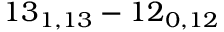
1 3 _ { 1 , 1 3 } - 1 2 _ { 0 , 1 2 }